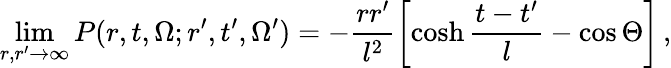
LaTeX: \operatorname*{lim}_{r,r^{\prime}\to\infty}P(r,t,\Omega;r^{\prime},t^{\prime},\Omega^{\prime})=-\frac{rr^{\prime}}{l^{2}}\left[\cosh\frac{t-t^{\prime}}{l}-\cos\Theta\right]\, ,